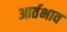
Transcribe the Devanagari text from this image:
आर्तभाव